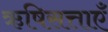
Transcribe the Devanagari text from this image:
ऋषिसत्ताएँ